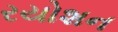
રયોશન